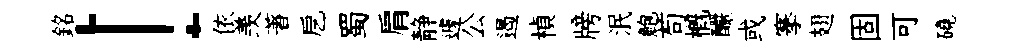
銘！依羡著戹蜀肩静遽公遏楨牓泯鮑苟槪釅或搴翅固可磽